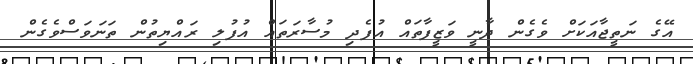
އޭގެ ނަތީޖާއަކަށް ވެގެން ދާނީ ވަޒީފާތައް އުފެދި މުސާރަތައް އުފުލި ރައްޔިތުން ތަނަވަސްވެގެން